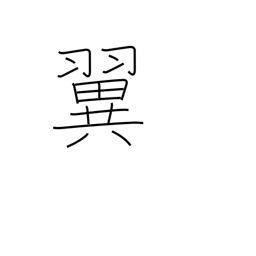
Meaning: wing